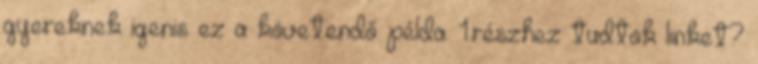
gyereknek igenis ez a követendő példa. 1.részhez tudtok linket?